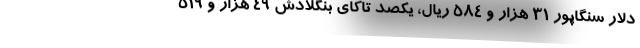
دلار سنگاپور ۳۱ هزار و ۵۸۴ ریال، یکصد تاکای بنگلادش ۴۹ هزار و ۵۱۹